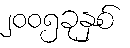
၂၀၀၅ခုနှစ်